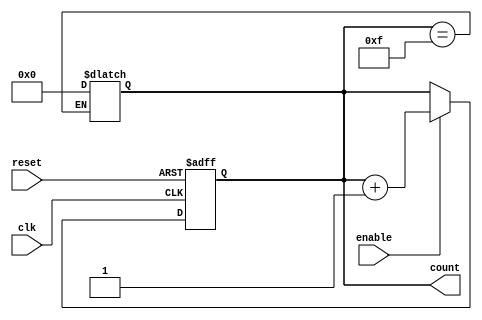
module async_counter #(parameter N = 4) (
    input wire clk,           // Clock input for the LSB
    input wire reset,         // Asynchronous reset
    input wire enable,        // Enable signal for counting
    output reg [N-1:0] count  // N-bit counter output
);

    // Always block for the counter logic
    always @(posedge clk or posedge reset) begin
        if (reset) begin
            count <= 0; // Reset the counter to 0
        end else if (enable) begin
            count <= count + 1; // Increment the counter
        end
    end

    // Generate the asynchronous behavior for T flip-flops
    always @(count) begin
        if (count == (1 << N) - 1) begin
            count <= 0; // Roll over when max count is reached
        end
    end

endmodule